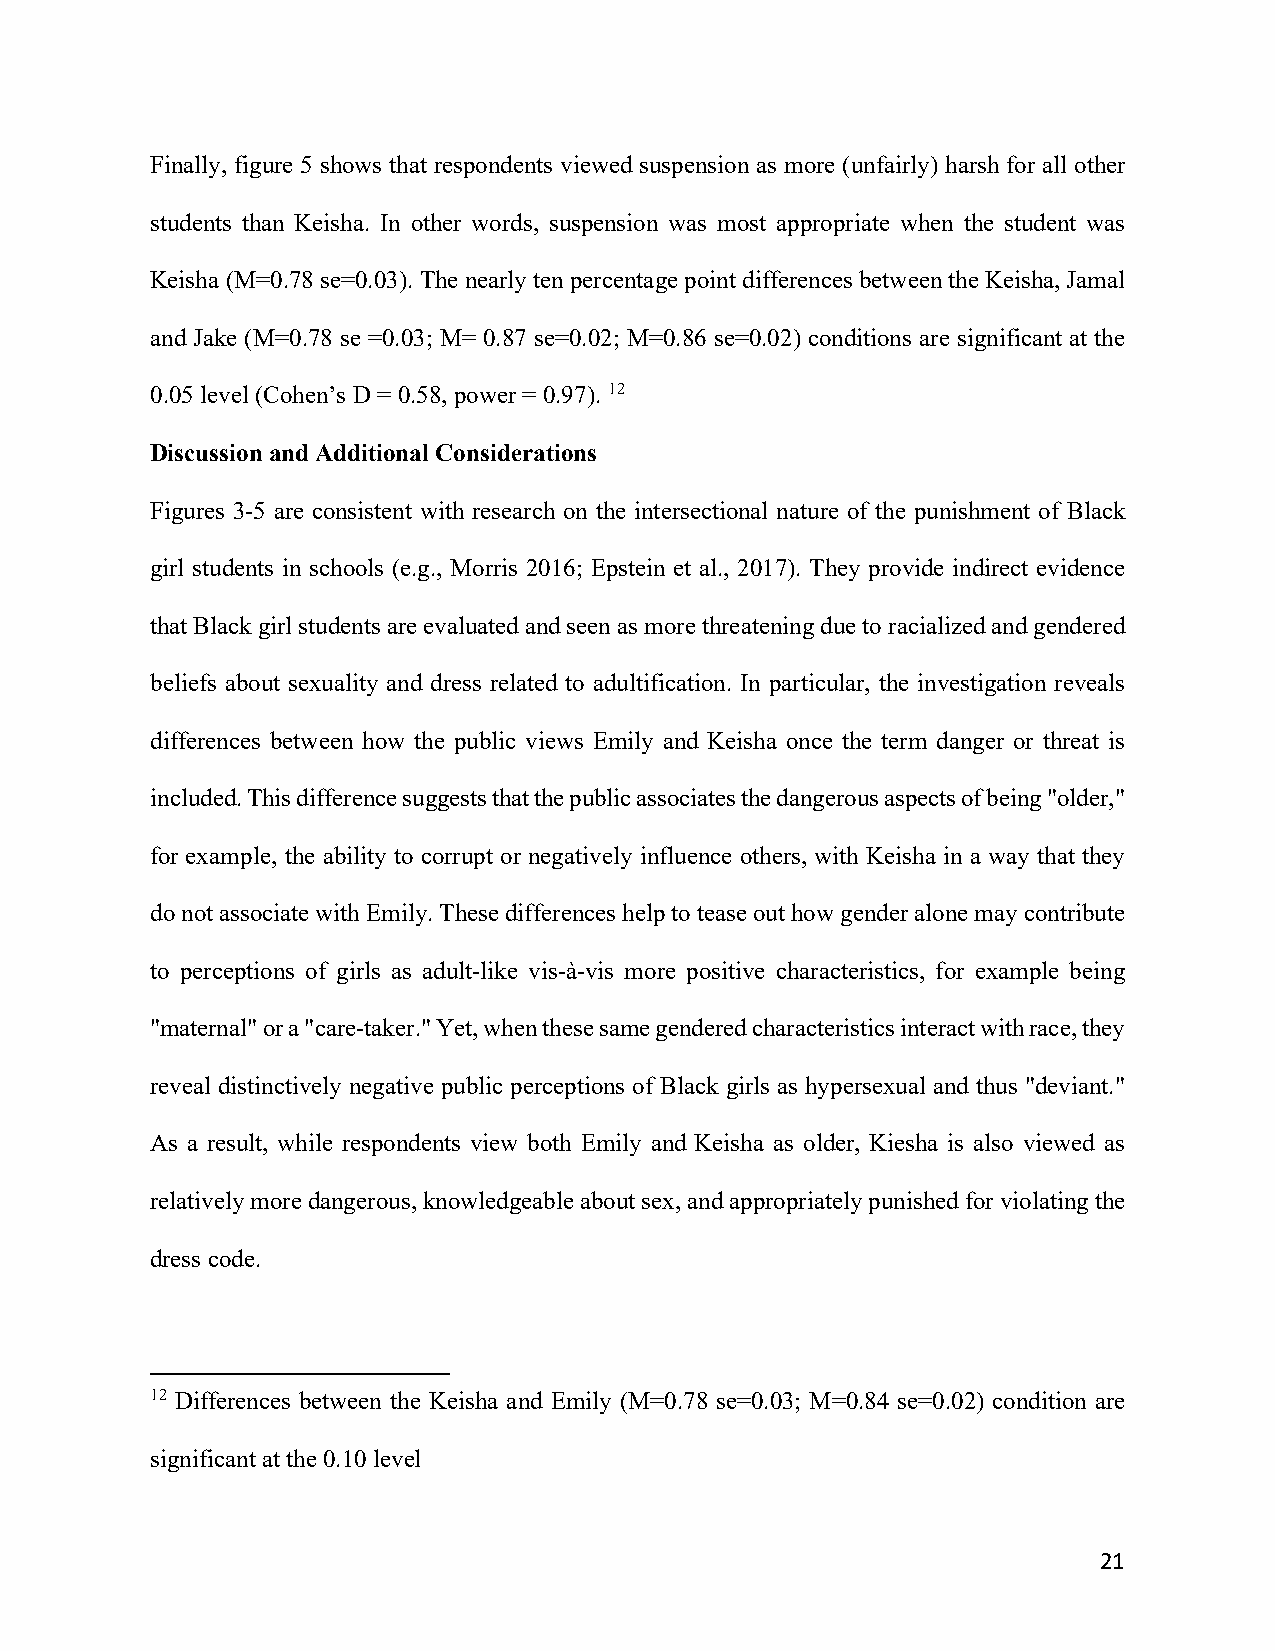
Finally, figure 5 shows that respondents viewed suspension as more (unfairly) harsh for all other
 students than Keisha. In other words, suspension was most appropriate when the student was
 Keisha (M=0.78 se=0.03). The nearly ten percentage point differences between the Keisha, Jamal
 and Jake (M=0.78 se =0.03; M= 0.87 se=0.02; M=0.86 se=0.02) conditions are significant at the
 0.05 level (Cohen’s D = 0.58, power = 0.97). 12
 Discussion and Additional Considerations
 Figures 3-5 are consistent with research on the intersectional nature of the punishment of Black
 girl students in schools (e.g., Morris 2016; Epstein et al., 2017). They provide indirect evidence
 that Black girl students are evaluated and seen as more threatening due to racialized and gendered
 beliefs about sexuality and dress related to adultification. In particular, the investigation reveals
 differences between how the public views Emily and Keisha once the term danger or threat is
 included. This difference suggests that the public associates the dangerous aspects of being "older,"
 for example, the ability to corrupt or negatively influence others, with Keisha in a way that they
 do not associate with Emily. These differences help to tease out how gender alone may contribute
 to perceptions of girls as adult-like vis-à-vis more positive characteristics, for example being
 "maternal" or a "care-taker." Yet, when these same gendered characteristics interact with race, they
 reveal distinctively negative public perceptions of Black girls as hypersexual and thus "deviant."
 As a result, while respondents view both Emily and Keisha as older, Kiesha is also viewed as
 relatively more dangerous, knowledgeable about sex, and appropriately punished for violating the
 dress code.
 12 Differences between the Keisha and Emily (M=0.78 se=0.03; M=0.84 se=0.02) condition are
 significant at the 0.10 level
 21